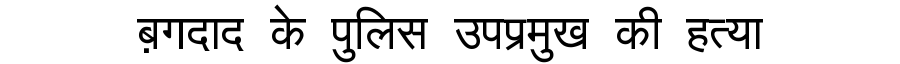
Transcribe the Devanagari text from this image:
ब़गदाद के पुलिस उपप्रमुख की हत्या